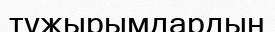
тұжырымдардың